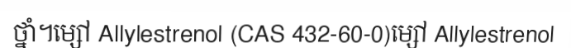
ថ្នាំ។ម្សៅ Allylestrenol (CAS 432-60-0)ម្សៅ Allylestrenol